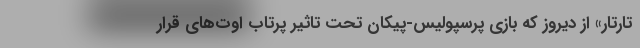
تارتار» از دیروز که بازی پرسپولیس-پیکان تحت تاثیر پرتاب اوت‌های قرار